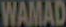
WAMAD